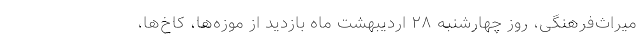
میراث‌فرهنگی، روز چهارشنبه ۲۸ اردیبهشت ماه بازدید از موزه‌ها، کاخ‌ها،